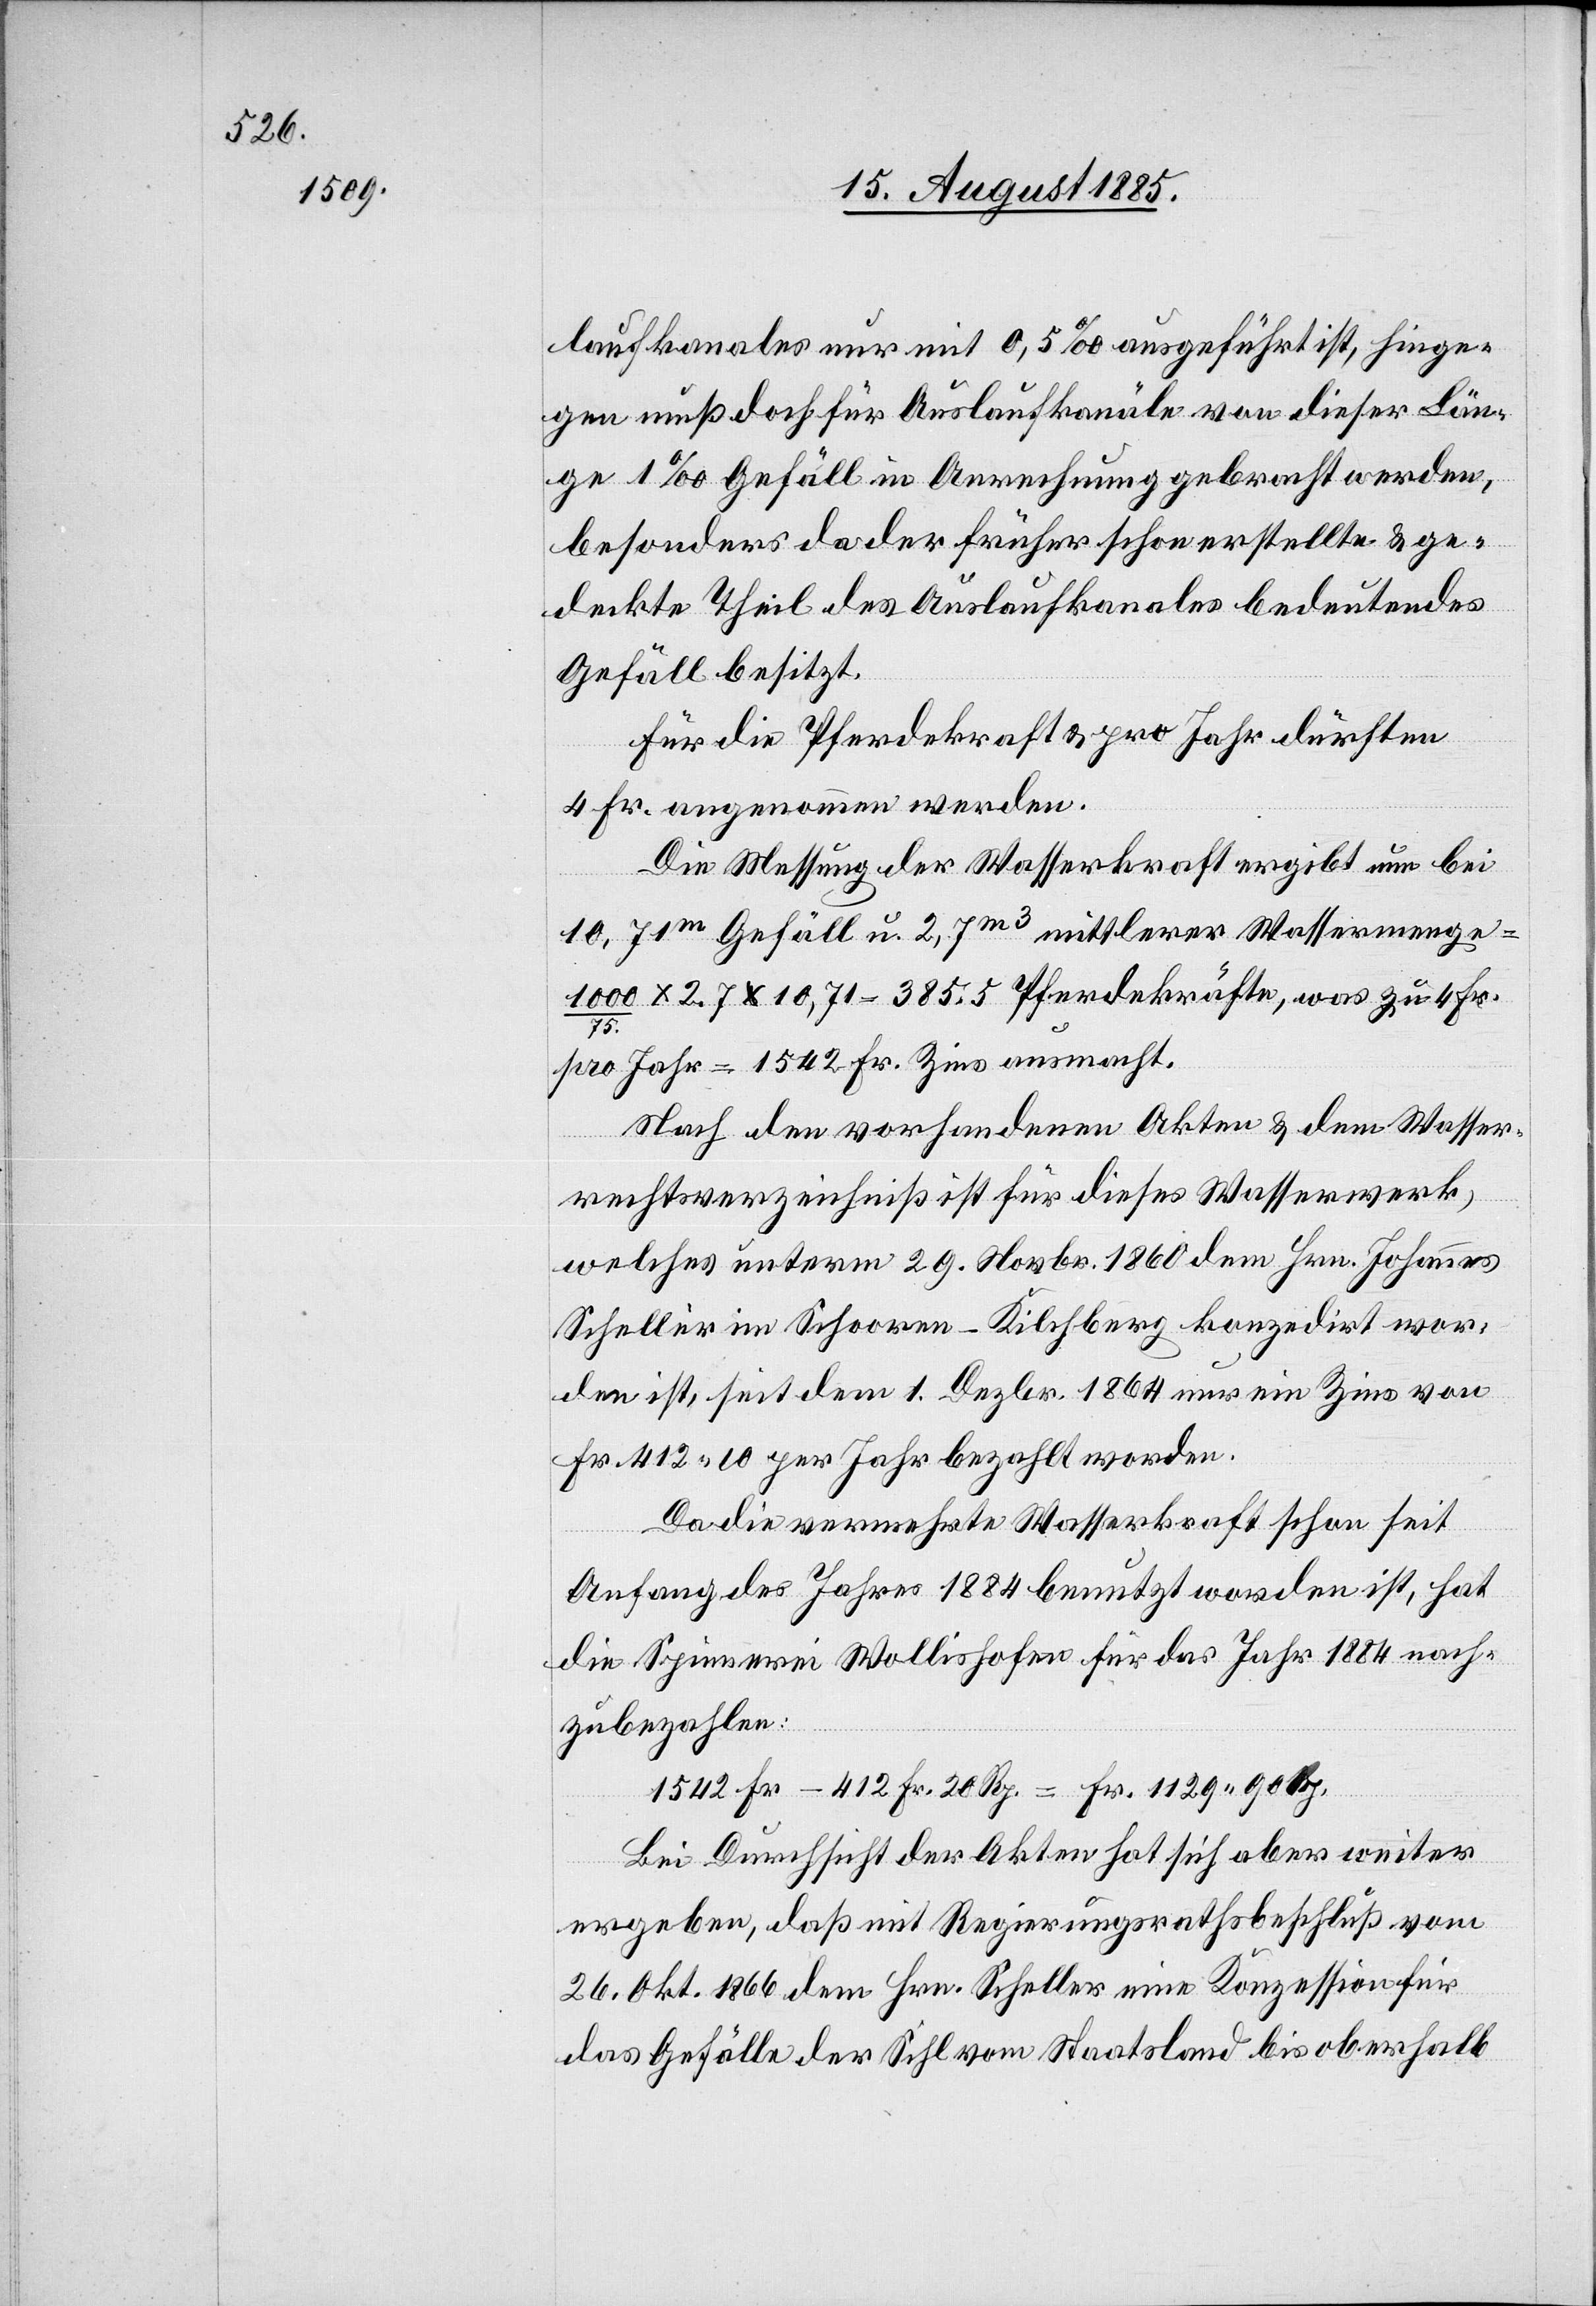
laufkanales nur mit 0,5‰ ausgeführt ist, hinge¬
gen muß doch für Auslaufkanäle von dieser Län¬
ge 1‰ Gefäll in Anrechnung gebracht werden,
besonders da der früher schon erstellte & ge¬
deckte Theil des Auslaufkanales bedeutendes
Gefäll besitzt.
Für die Pferdekraft & pro Jahr dürften
4 Fr. angenommen werden.
Die Messung der Wasserkraft ergibt nun bei
10,71m Gefäll u. 2,7m3 mittlerer Wassermenge
100/75 x 2.7 x 10,71 = 385,5 Pferdekräfte, was zu 4 Fr.
pro Jahr = 1542 Fr. Zins ausmacht.
Nach den vorhandenen Akten & dem Wasser¬
rechtsverzeichniß ist für dieses Wasserwerk,
welches unterm 29. Novbr. 1860 dem Hrn. Johannes
Scheller im Schooren - Kilchberg konzidirt wor¬
den ist, seit dem 1. Dezbr. 1864 nur ein Zins von
Fr. 412 10 per Jahr bezahlt worden.
Da die vermehrte Wasserkraft schon seit
Anfang des Jahres 1884 benutzt worden ist, hat
die Spinnerei Wollishofen für das Jahr 1884 nach¬
zubezahlen:
1542 Fr. – 412 Fr. 20 Rp. = Fr. 1129 90 Rp.
Bei Durchsicht der Akten hat sich aber weiter
ergeben, daß mit Regierungsrathsbeschluß vom
26. Okt. 1866 dem Hrn. Scheller eine Konzession für
das Gefälle der Sihl vom Staatsland bis oberhalb